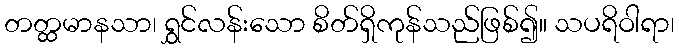
တတ္ထမာနသာ၊ ရွှင်လန်းသော စိတ်ရှိကုန်သည်ဖြစ်၍။ သပရိဝါရာ၊